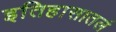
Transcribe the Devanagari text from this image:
इतिहासातलं